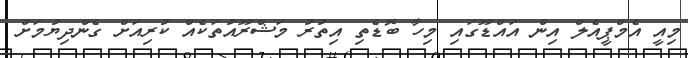
މިއީ އެމްޕީއެލް އިން އައްޑޫގައި މިހާ ބޮޑެތި އިތުރު މަޝްރޫއުތަކެއް ކުރިއަށް ގެންދިޔުމަށް